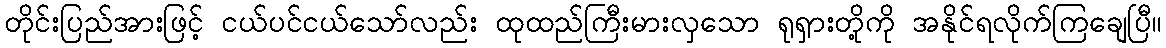
တိုင်းပြည်အားဖြင့် ငယ်ပင်ငယ်သော်လည်း ထုထည်ကြီးမားလှသော ရုရှားတို့ကို အနိုင်ရလိုက်ကြချေပြီ။